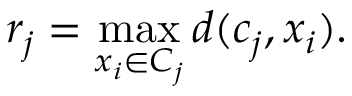
r _ { j } = \operatorname* { m a x } _ { x _ { i } \in C _ { j } } d ( c _ { j } , x _ { i } ) .